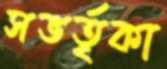
সভর্তৃকা